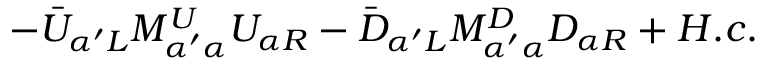
- \bar { U } _ { \alpha ^ { \prime } L } M _ { \alpha ^ { \prime } \alpha } ^ { U } U _ { \alpha R } - \bar { D } _ { \alpha ^ { \prime } L } M _ { \alpha ^ { \prime } \alpha } ^ { D } D _ { \alpha R } + H . c .